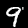
Digit: 9